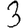
Digit: 3